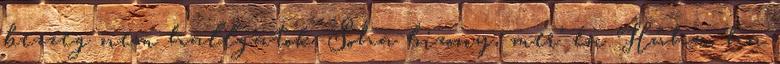
bezzeg nem hallgatok Soha bizony, mer’ én Hűha, ha